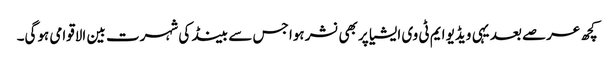
کچھ عرصے بعد یہی ویڈیو ایم ٹی وی ایشیا پر بھی نشر ہوا جس سے بینڈ کی شہرت بین الاقوامی ہوگی۔